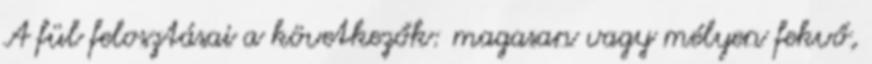
A fül felosztásai a következők: magasan vagy mélyen fekvő,